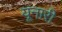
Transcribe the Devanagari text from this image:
यूनारी